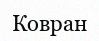
Ковран